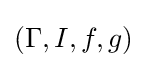
(\Gamma ,I,f,g)